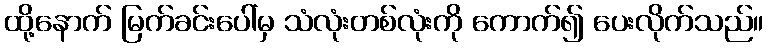
ထို့နောက် မြက်ခင်းပေါ်မှ သံလုံးတစ်လုံးကို ကောက်၍ ပေးလိုက်သည်။